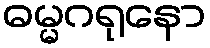
ဓမ္မဂရုနော